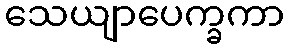
သေယျာပေက္ခကာ